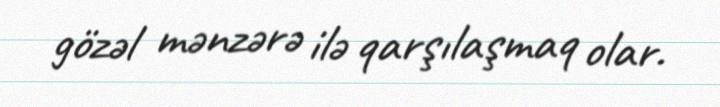
gözəl mənzərə ilə qarşılaşmaq olar.